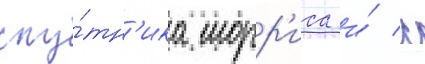
спу́тн'ика морр'иса и́ с